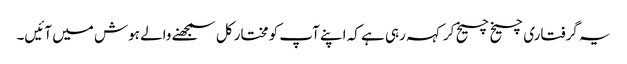
یہ گرفتاری چیخ چیخ کر کہہ رہی ہے کہ اپنے آپ کو مختار کل سمجھنے والے ہوش میں آئیں۔